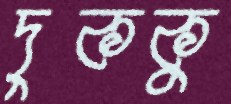
দুককু